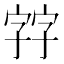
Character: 𡦂